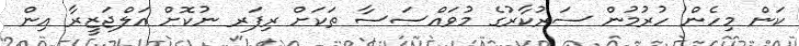
ކަން މިހެން ހުރުމުން ސަރުކާރުގެ މުވައްސަސާ ތަކަށް ރިފަރ ނުކޮށް އަލްޖަޒީރާ އިން